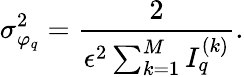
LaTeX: \sigma_{\varphi_{q}}^{2}=\frac{2}{\epsilon^{2}\sum_{k=1}^{M}{I}_{q}^{(k)}}.